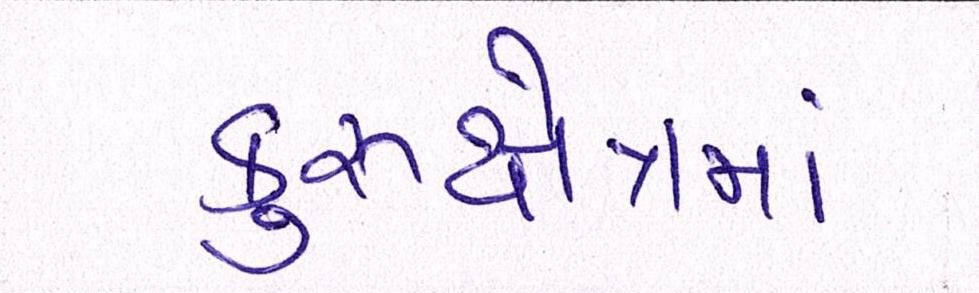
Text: કરુક્ષેત્રમાં